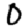
Digit: 0